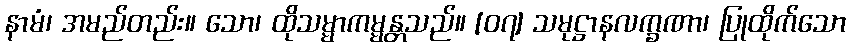
နာမံ၊ အမည်တည်း။ သော၊ ထိုသမ္မာကမ္မန္တသည်။ [၀၇] သမုဋ္ဌာနလက္ခဏာ၊ ပြုထိုက်သော